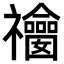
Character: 𥜫